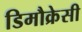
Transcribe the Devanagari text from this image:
डिमौक्रेसी